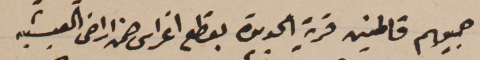
جميعهم قاطنين قرية الجديدة بقطع اغراس ضمن اراضى العيشيه